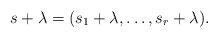
LaTeX: \begin{align*}s+\lambda=(s_1+\lambda,\ldots,s_r+\lambda).\end{align*}